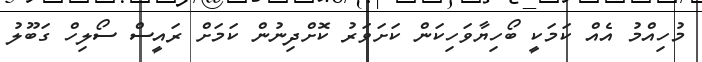
މުހިއްމު އެއް ކަމަކީ ބޯހިޔާވަހިކަން ކަށަވަރު ކޮށްދިނުން ކަމަށް ރައީސް ސޯލިހް ގަބޫލު